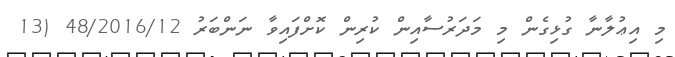
މި އިޢުލާނާ ގުޅިގެން މި މަދަރުސާއިން ކުރިން ކޮށްފައިވާ ނަންބަރު 48/2016/12 (13